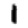
Digit: 1